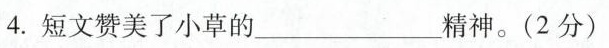
4.短文赞美了小草的___精神。(2分)